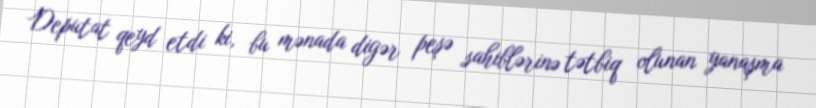
Deputat qeyd etdi ki, bu mənada digər peşə sahiblərinə tətbiq olunan yanaşma